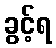
ခွင့်ရ